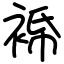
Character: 𧚓